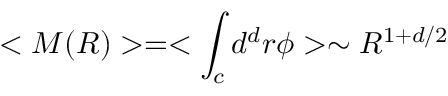
< M ( R ) > = < \int _ { c } d ^ { d } r \phi > \sim R ^ { 1 + d / 2 }